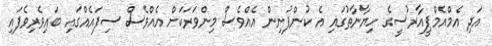
އަދި އެމްއެމްޕީއާރުސީގެ ހިޔާނާތުގައި އެ ކުންފުނިން އެއްވެސް މިންވަރަކަށް އެއްވެސް ސިފައެއްގައި ބައިވެރިވެފައި